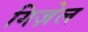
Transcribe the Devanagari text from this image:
गिज़ेल